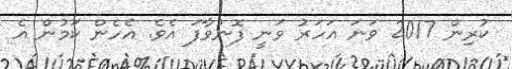
ކުރިން 2017 ވަނަ އަހަރު ވަނީ ފޮނުވާފަ އެވެ. އެހެން ކަމުން އެ